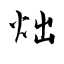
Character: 炪